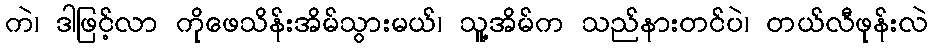
ကဲ၊ ဒါဖြင့်လာ ကိုဖေသိန်းအိမ်သွားမယ်၊ သူ့အိမ်က သည်နားတင်ပဲ၊ တယ်လီဖုန်းလဲ